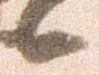
候